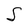
Character: S